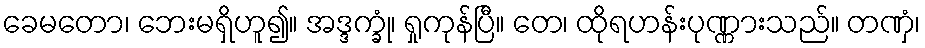
ခေမတော၊ ဘေးမရှိဟူ၍။ အဒ္ဒက္ခုံ၊ ရှုကုန်ပြီ။ တေ၊ ထိုရဟန်းပုဏ္ဏားသည်။ တဏှံ၊